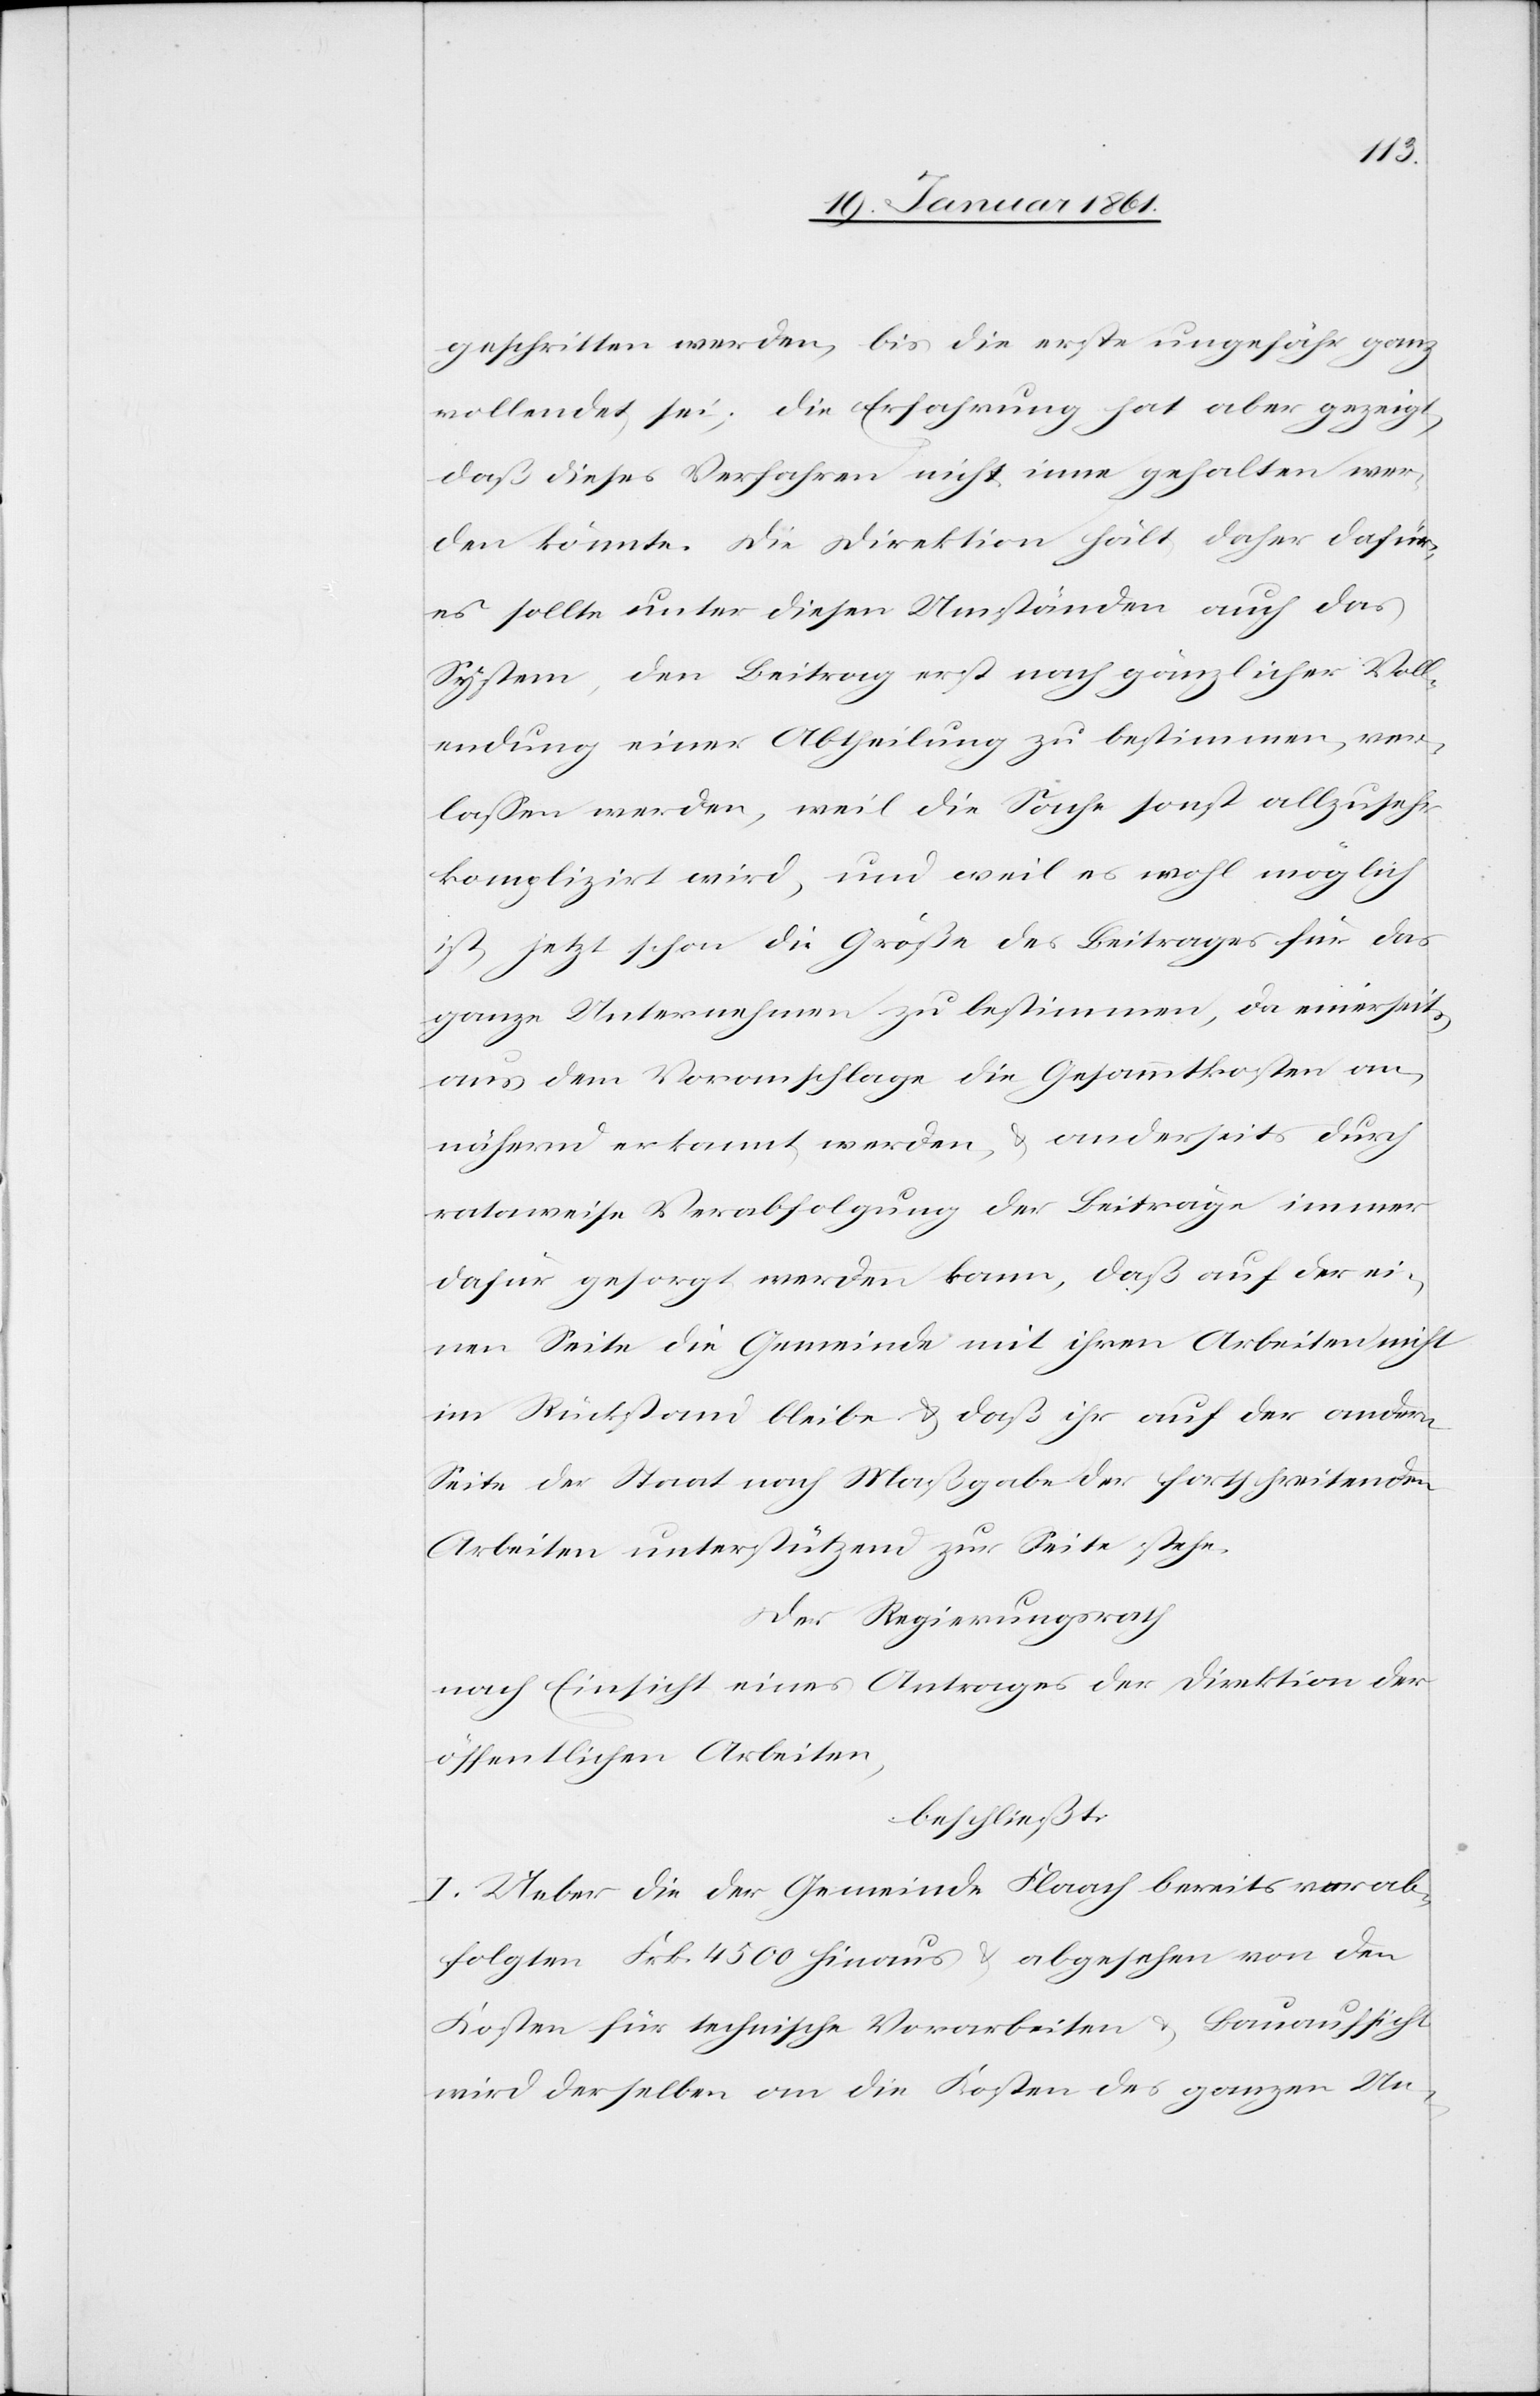
geschritten werden, bis die erste ungefähr ganz
vollendet sei; Die Erfahrung hat aber gezeigt,
daß dieses Verfahren nicht inne gehalten wer¬
den könnte. Die Direktion hält daher dafür,
es sollte unter diesen Umständen auch das
System, den Beitrag erst nach gänzlicher Voll¬
endung einer Abtheilung zu bestimmen, ver¬
lassen werden, weil die Sache sonst allzusehr
komplizirt wird, und weil es wohl möglich
ist, jetzt schon die Größe des Beitrages für das
ganze Unternehmen zu bestimmen, da einerseits
aus dem Voranschlage die Gesammtkosten an¬
nähernd erkannt werden, u. anderseits durch
rataweise Verabfolgung der Beiträge immer
dafür gesorgt werden kann, daß auf der ei¬
nen Seite die Gemeinde mit ihren Arbeiten nicht
im Rückstau bleibe u. daß ihr auf der andern
Seite der Staat nach Maßgabe der fortschreitenden
Arbeiten unterstützend zur Seite stehe.
Der Regierungsrath
nach Einsicht eines Antrages der Direktion der
öffentlichen Arbeiten,
beschließt,
I. Ueber die der Gemeinde Flaach bereits verab¬
folgten Frk. 4500 hinaus u. abgesehen von den
Kosten für technische Vorarbeiten u. Bauaufsicht
wird derselben an die Kosten des ganzen Un-